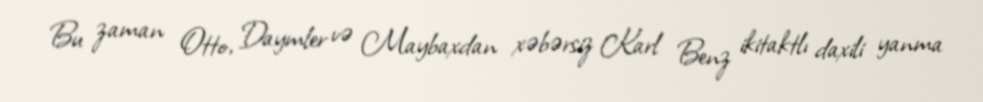
Bu zaman Otto, Daymler və Maybaxdan xəbərsiz Karl Benz ikitaktlı daxili yanma